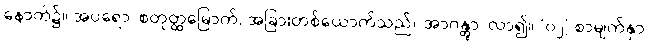
နောက်၌။ အပရော၊ စတုတ္ထမြောက်, အခြားတစ်ယောက်သည်။ အာဂန္တွာ၊ လာ၍။ [၀၂] စာမျက်နှာ